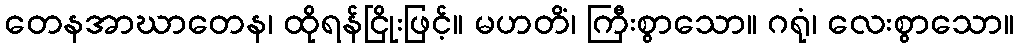
တေနအာဃာတေန၊ ထိုရန်ငြိုးဖြင့်။ မဟတိံ၊ ကြီးစွာသော။ ဂရုံ၊ လေးစွာသော။